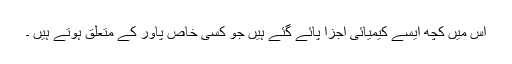
اس میں کچھ ایسے کیمیائی اجزا پائے گئے ہیں جو کسی خاص پاور کے متعلق ہوتے ہیں ۔